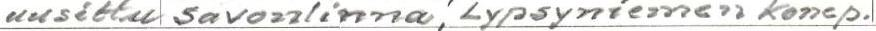
uusittu Savonlinnan, Lypsyniemen konep.